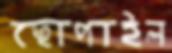
ছোপাইল